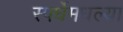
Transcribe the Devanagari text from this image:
स्पर्धेमधल्या